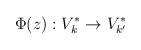
LaTeX: \begin{align*}\Phi (z): V^*_k \rightarrow V^*_{k'}\end{align*}